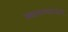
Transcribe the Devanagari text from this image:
स्थापल्यानंतर